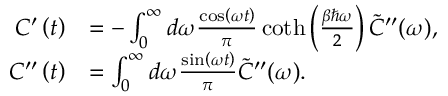
\begin{array} { r l } { C ^ { \prime } \left( t \right) } & { = - \int _ { 0 } ^ { \infty } d \omega \frac { \cos \left( \omega t \right) } { \pi } \coth \left( \frac { \beta \hbar \omega } { 2 } \right) \tilde { C } ^ { \prime \prime } ( \omega ) , } \\ { C ^ { \prime \prime } \left( t \right) } & { = \int _ { 0 } ^ { \infty } d \omega \frac { \sin \left( \omega t \right) } { \pi } \tilde { C } ^ { \prime \prime } ( \omega ) . } \end{array}